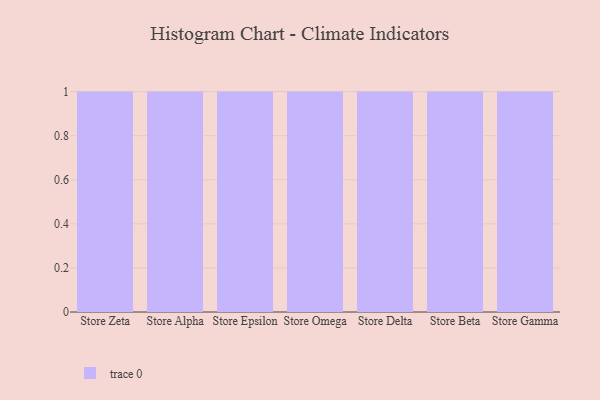
{"axis": {"x": "Store", "y": "Churn Rate (%)"}, "legend": [""], "data": [{"x": "Store Zeta", "y": 5, "type": ""}, {"x": "Store Alpha", "y": 52, "type": ""}, {"x": "Store Epsilon", "y": 93, "type": ""}, {"x": "Store Omega", "y": 13, "type": ""}, {"x": "Store Delta", "y": 12, "type": ""}, {"x": "Store Beta", "y": 41, "type": ""}, {"x": "Store Gamma", "y": 67, "type": ""}]}